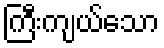
ကြီးကျယ်သော